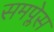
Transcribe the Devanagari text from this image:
समप्लेस